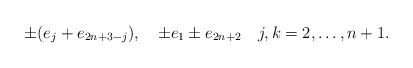
\begin{align*}\pm (e_j+e_{2n+3-j}),\quad \pm e_1\pm e_{2n+2}\quad j,k=2,\ldots,n+1. \end{align*}